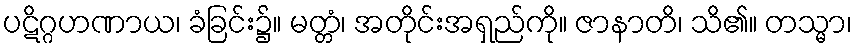
ပဋိဂ္ဂဟဏာယ၊ ခံခြင်း၌။ မတ္တံ၊ အတိုင်းအရှည်ကို။ ဇာနာတိ၊ သိ၏။ တသ္မာ၊